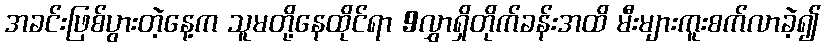
အခင်းဖြစ်ပွားတဲ့နေ့က သူမတို့နေထိုင်ရာ 9လွှာရှိတိုက်ခန်းအထိ မီးများကူးစက်လာခဲ့၍